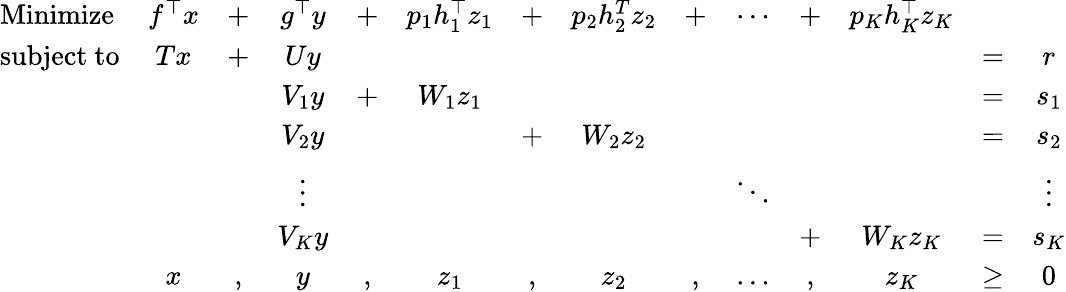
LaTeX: {\begin{array}{lccccccccccccc}{{\mathrm{Minimize}}}&{f^{\top}x}&{+}&{g^{\top}y}&{+}&{p_{1}h_{1}^{\top}z_{1}}&{+}&{p_{2}h_{2}^{T}z_{2}}&{+}&{\cdots}&{+}&{p_{K}h_{K}^{\top}z_{K}}&&\\ {{\mathrm{subject~to}}}&{Tx}&{+}&{Uy}&&&&&&&&&{=}&{r}\\ &&&{V_{1}y}&{+}&{W_{1}z_{1}}&&&&&&&{=}&{s_{1}}\\ &&&{V_{2}y}&&&{+}&{W_{2}z_{2}}&&&&&{=}&{s_{2}}\\ &&&{\vdots}&&&&&&{\ddots}&&&&{\vdots}\\ &&&{V_{K}y}&&&&&&&{+}&{W_{K}z_{K}}&{=}&{s_{K}}\\ &{x}&{,}&{y}&{,}&{z_{1}}&{,}&{z_{2}}&{,}&{\ldots}&{,}&{z_{K}}&{\geq}&{0}\end{array}}